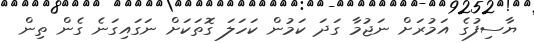
ޔާސިފުގެ އަމުރަށް ނަޖުމާ ގަދަ ކަމުން ކަހަލަ ގޮތަކަށް ނަގައިގަނެ ގެން ތިން